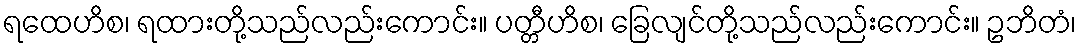
ရထေဟိစ၊ ရထားတို့သည်လည်းကောင်း။ ပတ္တီဟိစ၊ ခြေလျင်တို့သည်လည်းကောင်း။ ဥဘိတံ၊